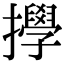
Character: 㩭